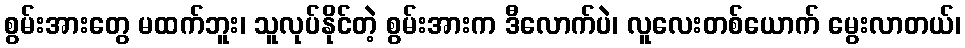
စွမ်းအားတွေ မထက်ဘူး၊ သူလုပ်နိုင်တဲ့ စွမ်းအားက ဒီလောက်ပဲ၊ လူလေးတစ်ယောက် မွေးလာတယ်၊